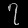
Digit: ၇